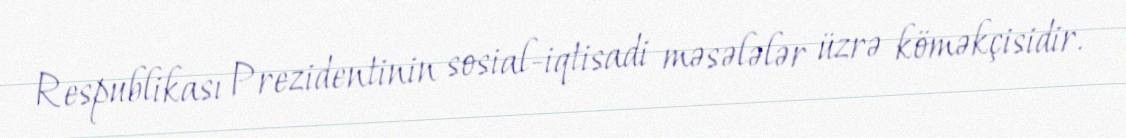
Respublikası Prezidentinin sosial-iqtisadi məsələlər üzrə köməkçisidir.